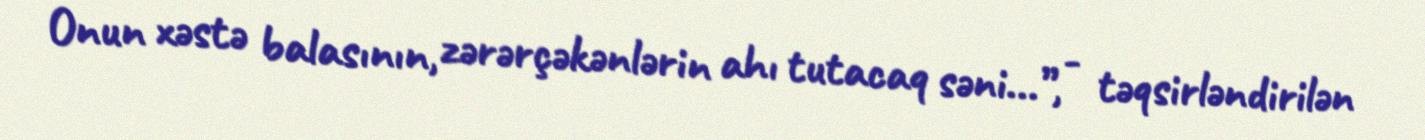
Onun xəstə balasının, zərərçəkənlərin ahı tutacaq səni...”, - təqsirləndirilən